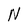
Character: N